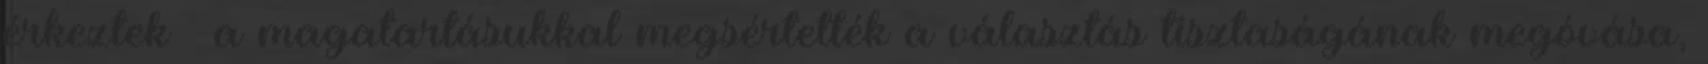
érkeztek – a magatartásukkal megsértették a választás tisztaságának megóvása,